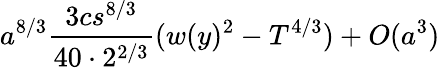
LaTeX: a^{8/3}\frac{3cs^{8/3}}{40\cdot 2^{2/3}}(w(y)^{2}-T^{4/3})+O(a^{3})